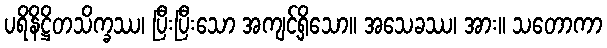
ပရိနိဋ္ဌိတသိက္ခဿ၊ ပြီးပြီးသော အကျင့်ရှိသော။ အသေခဿ၊ အား။ သတောကာ